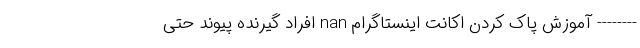
-------- آموزش پاک کردن اکانت اینستاگرام nan افراد گیرنده پیوند حتی